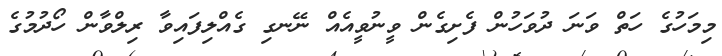
މިމަހުގެ ހަތް ވަނަ ދުވަހުން ފެށިގެން ވީނުވީއެއް ނޭނގި ގެއްލިފައިވާ ރިލްވާން ހޯދުމުގެ